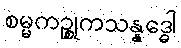
စမ္မကဉ္စုကသန္နဒ္ဓေါ